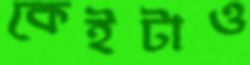
কেইটাও